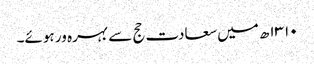
۱۳۱۰ھ میں سعادت حج سے بہرہ ور ہوئے۔